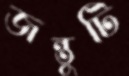
জন্তুটি